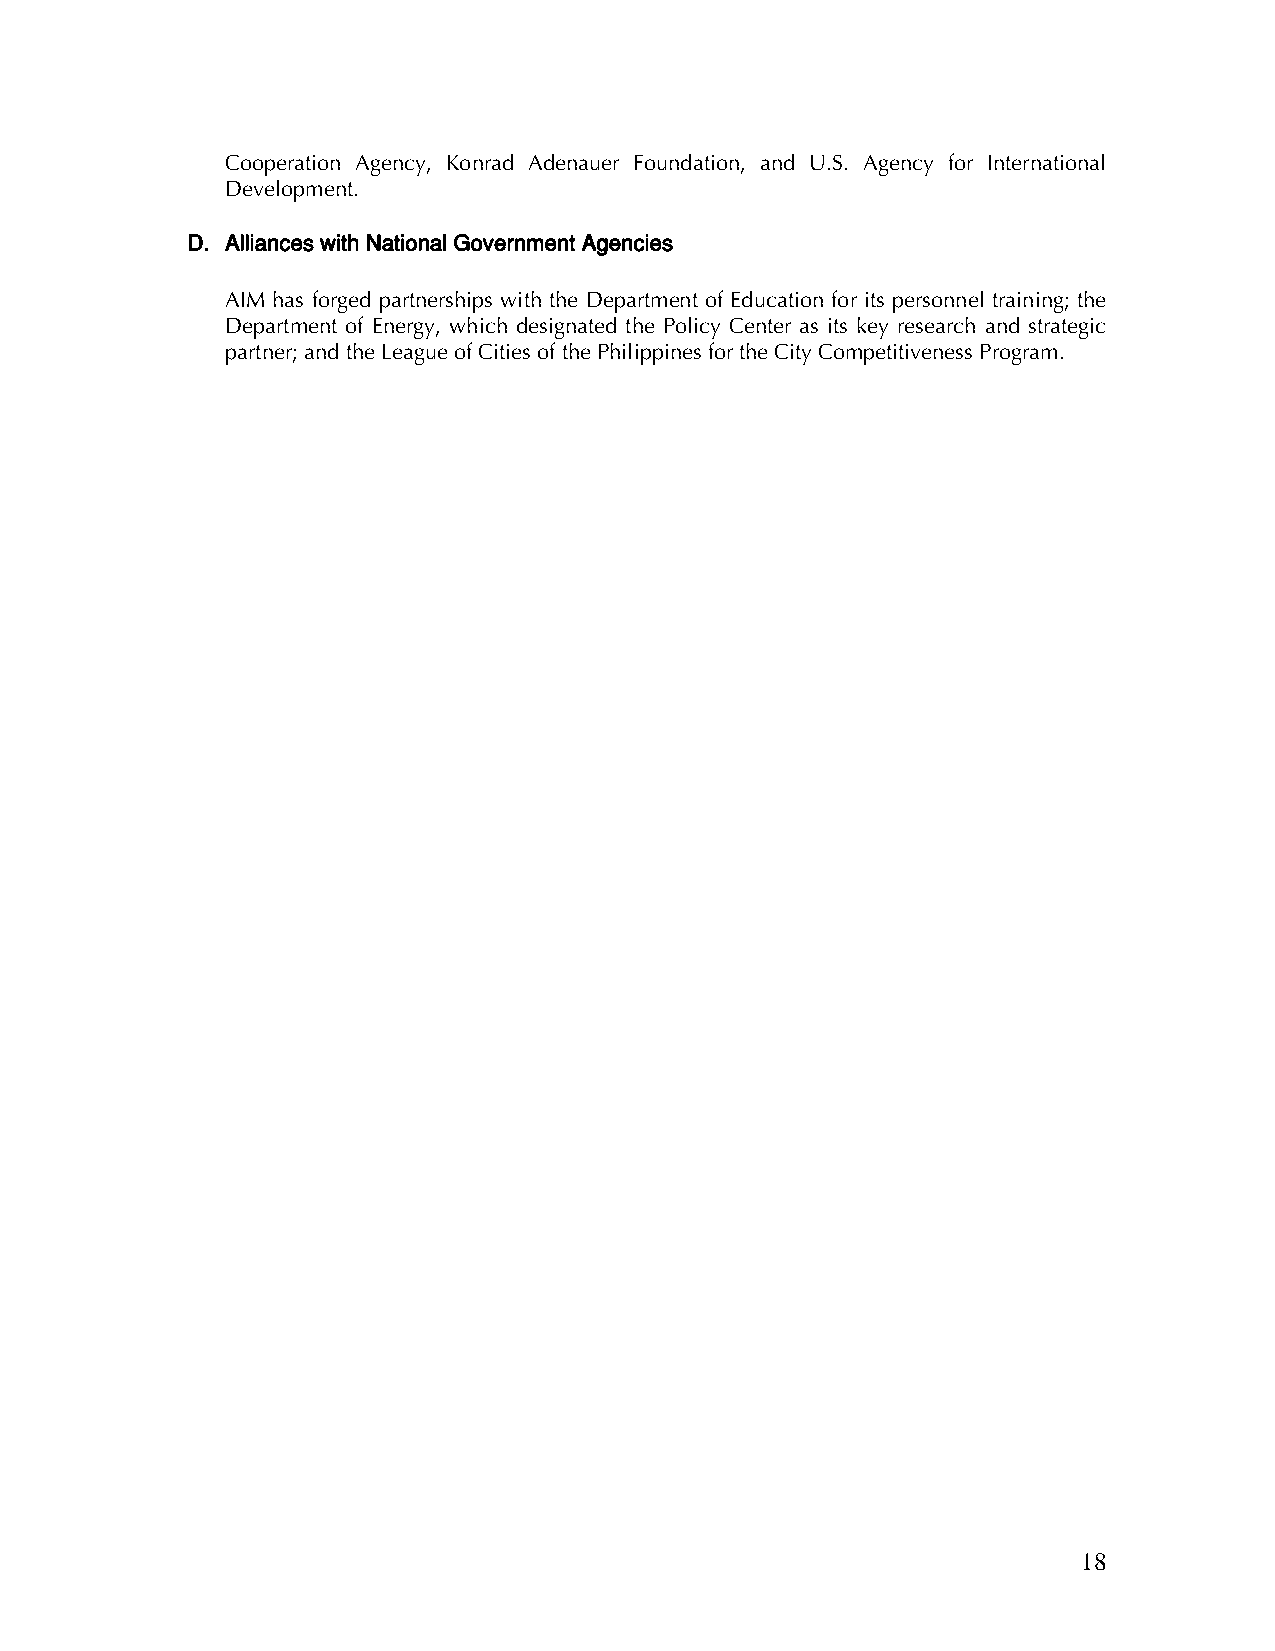
Cooperation Agency, Konrad Adenauer Foundation, and U.S. Agency for International
 Development.
 D. Alliances with National Government Agencies
 AIM has forged partnerships with the Department of Education for its personnel training; the
 Department of Energy, which designated the Policy Center as its key research and strategic
 partner; and the League of Cities of the Philippines for the City Competitiveness Program.
 18